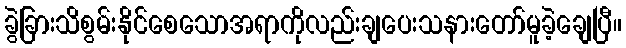
ခွဲခြားသိစွမ်းနိုင်စေသောအရာကိုလည်းချပေးသနားတော်မူခဲ့ချေပြီ။